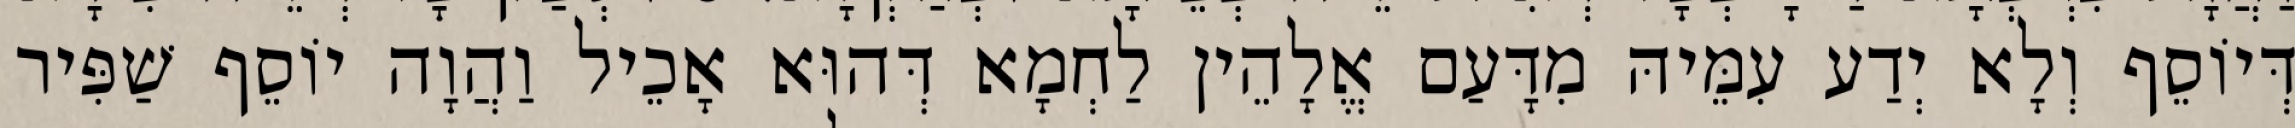
דְּיוֹסֵף וְלָא יְדַע עִמֵּיהּ מִדָּעַם אֱלָהֵין לַחְמָא דְּהוּא אָכֵיל וַהֲוָה יוֹסֵף שַׁפִּיר